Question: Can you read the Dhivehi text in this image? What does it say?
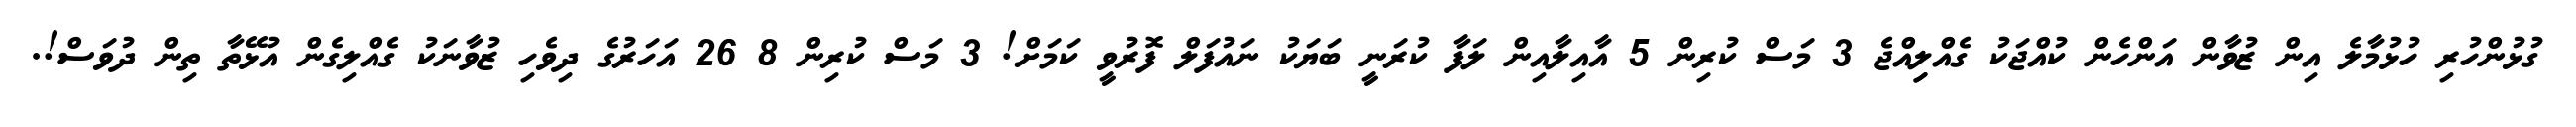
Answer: ގުޅުންހުރި ހުޅުމާލެ އިން ޒުވާން އަންހެން ކުއްޖަކު ގެއްލިިއްޖެ 3 މަސް ކުރިން 5 އާއިލާއިން ލަފާ ކުރަނީ ބަޔަކު ނައުފަލް ފޮރުވީ ކަމަށް! 3 މަސް ކުރިން 8 26 އަހަރުގެ ދިވެހި ޒުވާނަކު ގެއްލިގެން އުޅޭތާ ތިން ދުވަސް!.